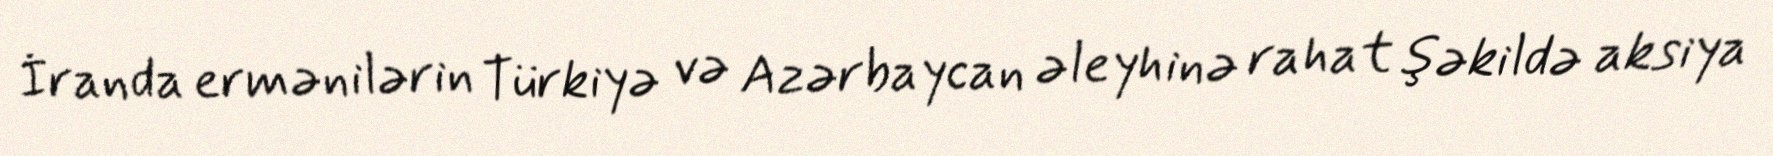
İranda ermənilərin Türkiyə və Azərbaycan əleyhinə rahat şəkildə aksiya